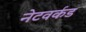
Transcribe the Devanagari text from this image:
नेटवर्कड